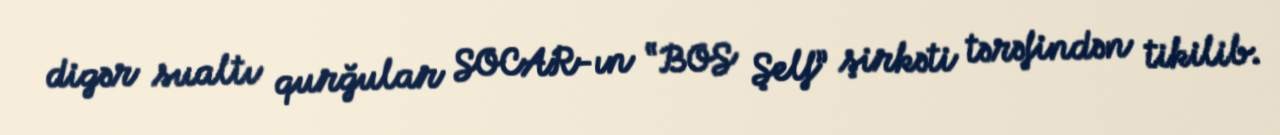
digər sualtı qurğular SOCAR-ın “BOS Şelf” şirkəti tərəfindən tikilib.